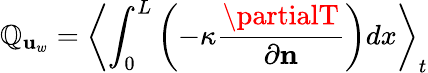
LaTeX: \mathbb{Q}_{\mathbf{{u}}_{w}}=\left\langle\int_{0}^{L}\left(-\kappa\frac{{\partialT}}{{\partial\mathbf{{n}}}}\right)dx\right\rangle_{t}